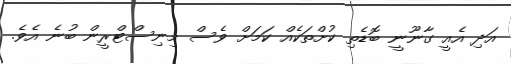
އަދި އެއީ ގާނޫނީ ބޮޑެތި ކުށްތަކެއް ކަމަށް ވެސް މިނިސްޓްރީން ބުނެ އެވެ.